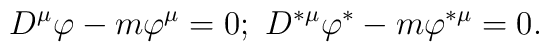
D^{\mu }\varphi -m\varphi ^{\mu }=0;\ D^{\ast \mu }\varphi ^{\ast }-m\varphi^{\ast \mu }=0.